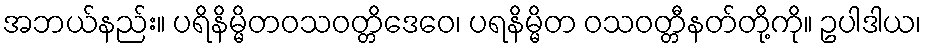
အဘယ်နည်း။ ပရိနိမ္မိတဝသဝတ္တိဒေဝေ၊ ပရနိမ္မိတ ဝသဝတ္တီနတ်တို့ကို။ ဥပါဒါယ၊